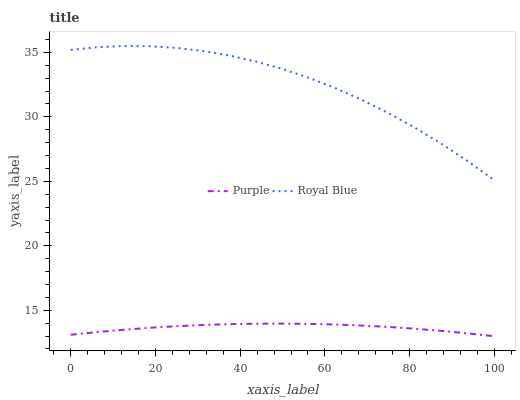
| xaxis_label | Purple | Royal Blue |
 | --- | --- | --- |
 | 0 | 13.1 | 35.2 |
 | 6.25 | 13.3 | 35.4 |
 | 12.5 | 13.5 | 35.5 |
 | 18.8 | 13.6 | 35.5 |
 | 25 | 13.8 | 35.3 |
 | 31.2 | 13.9 | 35.1 |
 | 37.5 | 13.9 | 34.8 |
 | 43.8 | 14 | 34.3 |
 | 50 | 14 | 33.7 |
 | 56.2 | 13.9 | 33 |
 | 62.5 | 13.9 | 32.2 |
 | 68.8 | 13.8 | 31.3 |
 | 75 | 13.7 | 30.3 |
 | 81.2 | 13.6 | 29.2 |
 | 87.5 | 13.4 | 27.9 |
 | 93.8 | 13.2 | 26.6 |
 | 100 | 13 | 25.1 |